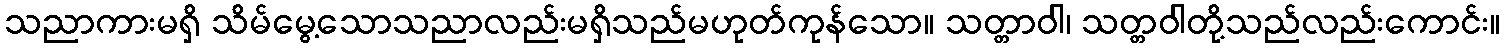
သညာကားမရှိ သိမ်မွေ့သောသညာလည်းမရှိသည်မဟုတ်ကုန်သော။ သတ္တာဝါ၊ သတ္တဝါတို့သည်လည်းကောင်း။